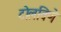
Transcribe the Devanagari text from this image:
टोलविणे